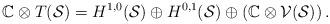
LaTeX: \begin{align*} \mathbb C\otimes T(\mathcal S) = H^{1,0}(\mathcal S) \oplus H^{0,1}(\mathcal S) \oplus \left(\mathbb C\otimes \mathcal V(\mathcal S)\right). \end{align*}